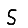
Digit: 5